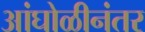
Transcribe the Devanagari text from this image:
आंघोळीनंतर